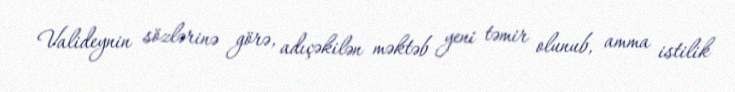
Valideynin sözlərinə görə, adıçəkilən məktəb yeni təmir olunub, amma istilik